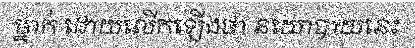
ម្នាក់ ដោយលើកឡើងថា នយោបាយនេះ